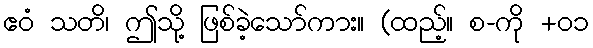
ဧဝံ သတိ၊ ဤသို့ ဖြစ်ခဲ့သော်ကား။ (ထည့်။ စ-ကို +၀၁